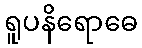
ရူပနိရောဓေ